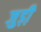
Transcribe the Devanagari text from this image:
जुड़ी़